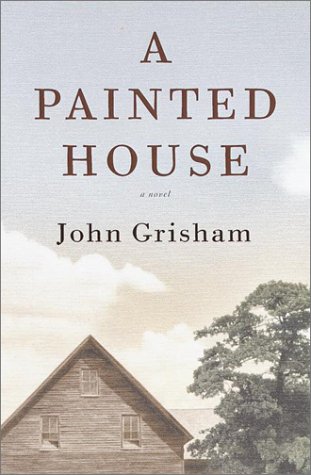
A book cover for A Painted House; John Grisham; Mystery, Thriller & Suspense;